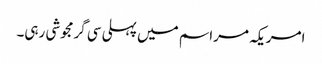
امریکہ مراسم میں پہلی سی گرمجوشی رہی۔